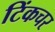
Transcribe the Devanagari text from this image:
टिंकचर